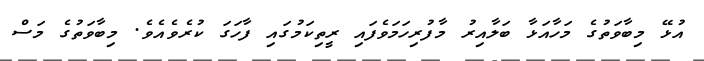
އުޅޭ މިބާވަތުގެ މަހާއަޅާ ބަލާއިރު މާފުރިހަމަވެފައި ރީތިކަމުގައި ފާހަގަ ކުރެވެއެވެ. މިބާވަތުގެ މަސް